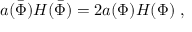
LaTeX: a ( \bar { \Phi } ) H ( \bar { \Phi } ) = 2 a ( \Phi ) H ( \Phi ) \ ,